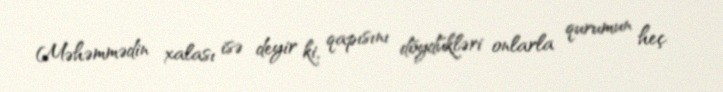
Məhəmmədin xalası isə deyir ki, qapısını döydükləri onlarla qurumun heç